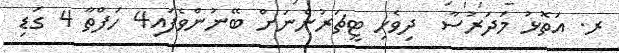
ރ. އަތޮޅު މަދަރުސާ  ދިވެހި ޓީޗަރުންނަށް ބޭނުންވެފައި4 ހަފްތާ 4 ގަޑި